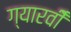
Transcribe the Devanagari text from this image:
ग्यारवीँ